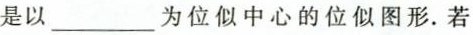
是以___为位似中心的位似图形.若